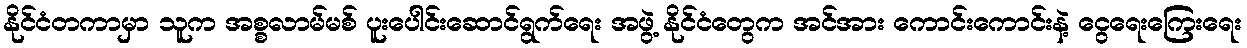
နိုင်ငံတကာမှာ သူက အစ္စလာမ်မစ် ပူးပေါင်းဆောင်ရွက်ရေး အဖွဲ့ နိုင်ငံတွေက အင်အား ကောင်းကောင်းနဲ့ ငွေရေးကြေးရေး